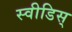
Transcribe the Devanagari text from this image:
स्वीडिस्